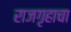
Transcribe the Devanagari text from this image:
राजगृहाचा